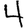
Digit: 4